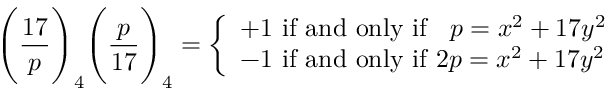
{ \Bigg ( } { \frac { 1 7 } { p } } { \Bigg ) } _ { 4 } { \Bigg ( } { \frac { p } { 1 7 } } { \Bigg ) } _ { 4 } = { \left\{ \begin{array} { l l } { + 1 { \mathrm { ~ i f ~ a n d ~ o n l y ~ i f ~ } } \; \; p = x ^ { 2 } + 1 7 y ^ { 2 } } \\ { - 1 { \mathrm { ~ i f ~ a n d ~ o n l y ~ i f ~ } } 2 p = x ^ { 2 } + 1 7 y ^ { 2 } } \end{array} \right. }